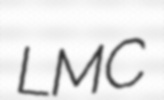
LMC